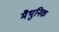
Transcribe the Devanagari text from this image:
मैथुनिक